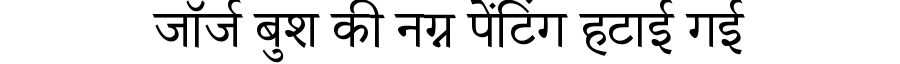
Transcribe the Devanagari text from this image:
जॉर्ज बुश की नग्न पेंटिंग हटाई गई